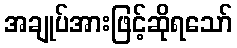
အချုပ်အားဖြင့်ဆိုရသော်